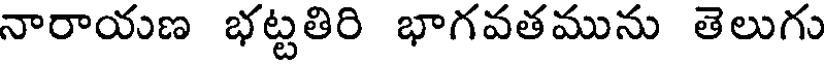
నారాయణ భట్టతిరి భాగవతమును తెలుగు